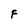
Character: F